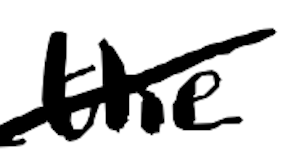
Text: the
Cross-out: diagonal
Writing tool: digital_black